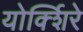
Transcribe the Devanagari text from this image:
योर्क्शिरे